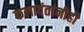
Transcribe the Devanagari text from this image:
कलावंतांनीही